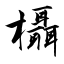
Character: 欇